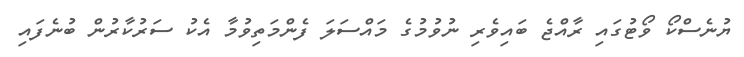
ޔުނެސްކޯ ވޯޓުގައި ރާއްޖެ ބައިވެރި ނުވުމުގެ މައްސަލަ ފެންމަތިވުމާ އެކު ސަރުކާރުން ބުނެފައި